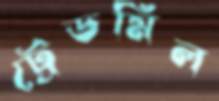
ট্রেডমিল